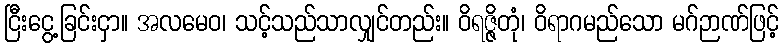
ငြီးငွေ့ခြင်းငှာ။ အလမေဝ၊ သင့်သည်သာလျှင်တည်း။ ဝိရဇ္ဇိတုံ၊ ဝိရာဂမည်သော မဂ်ဉာဏ်ဖြင့်